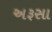
અરૂસા